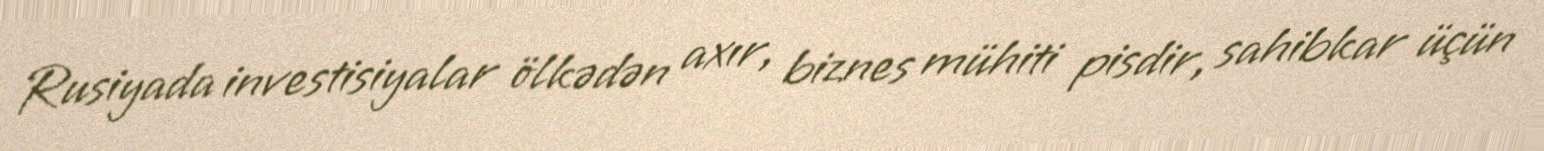
Rusiyada investisiyalar ölkədən axır, biznes mühiti pisdir, sahibkar üçün